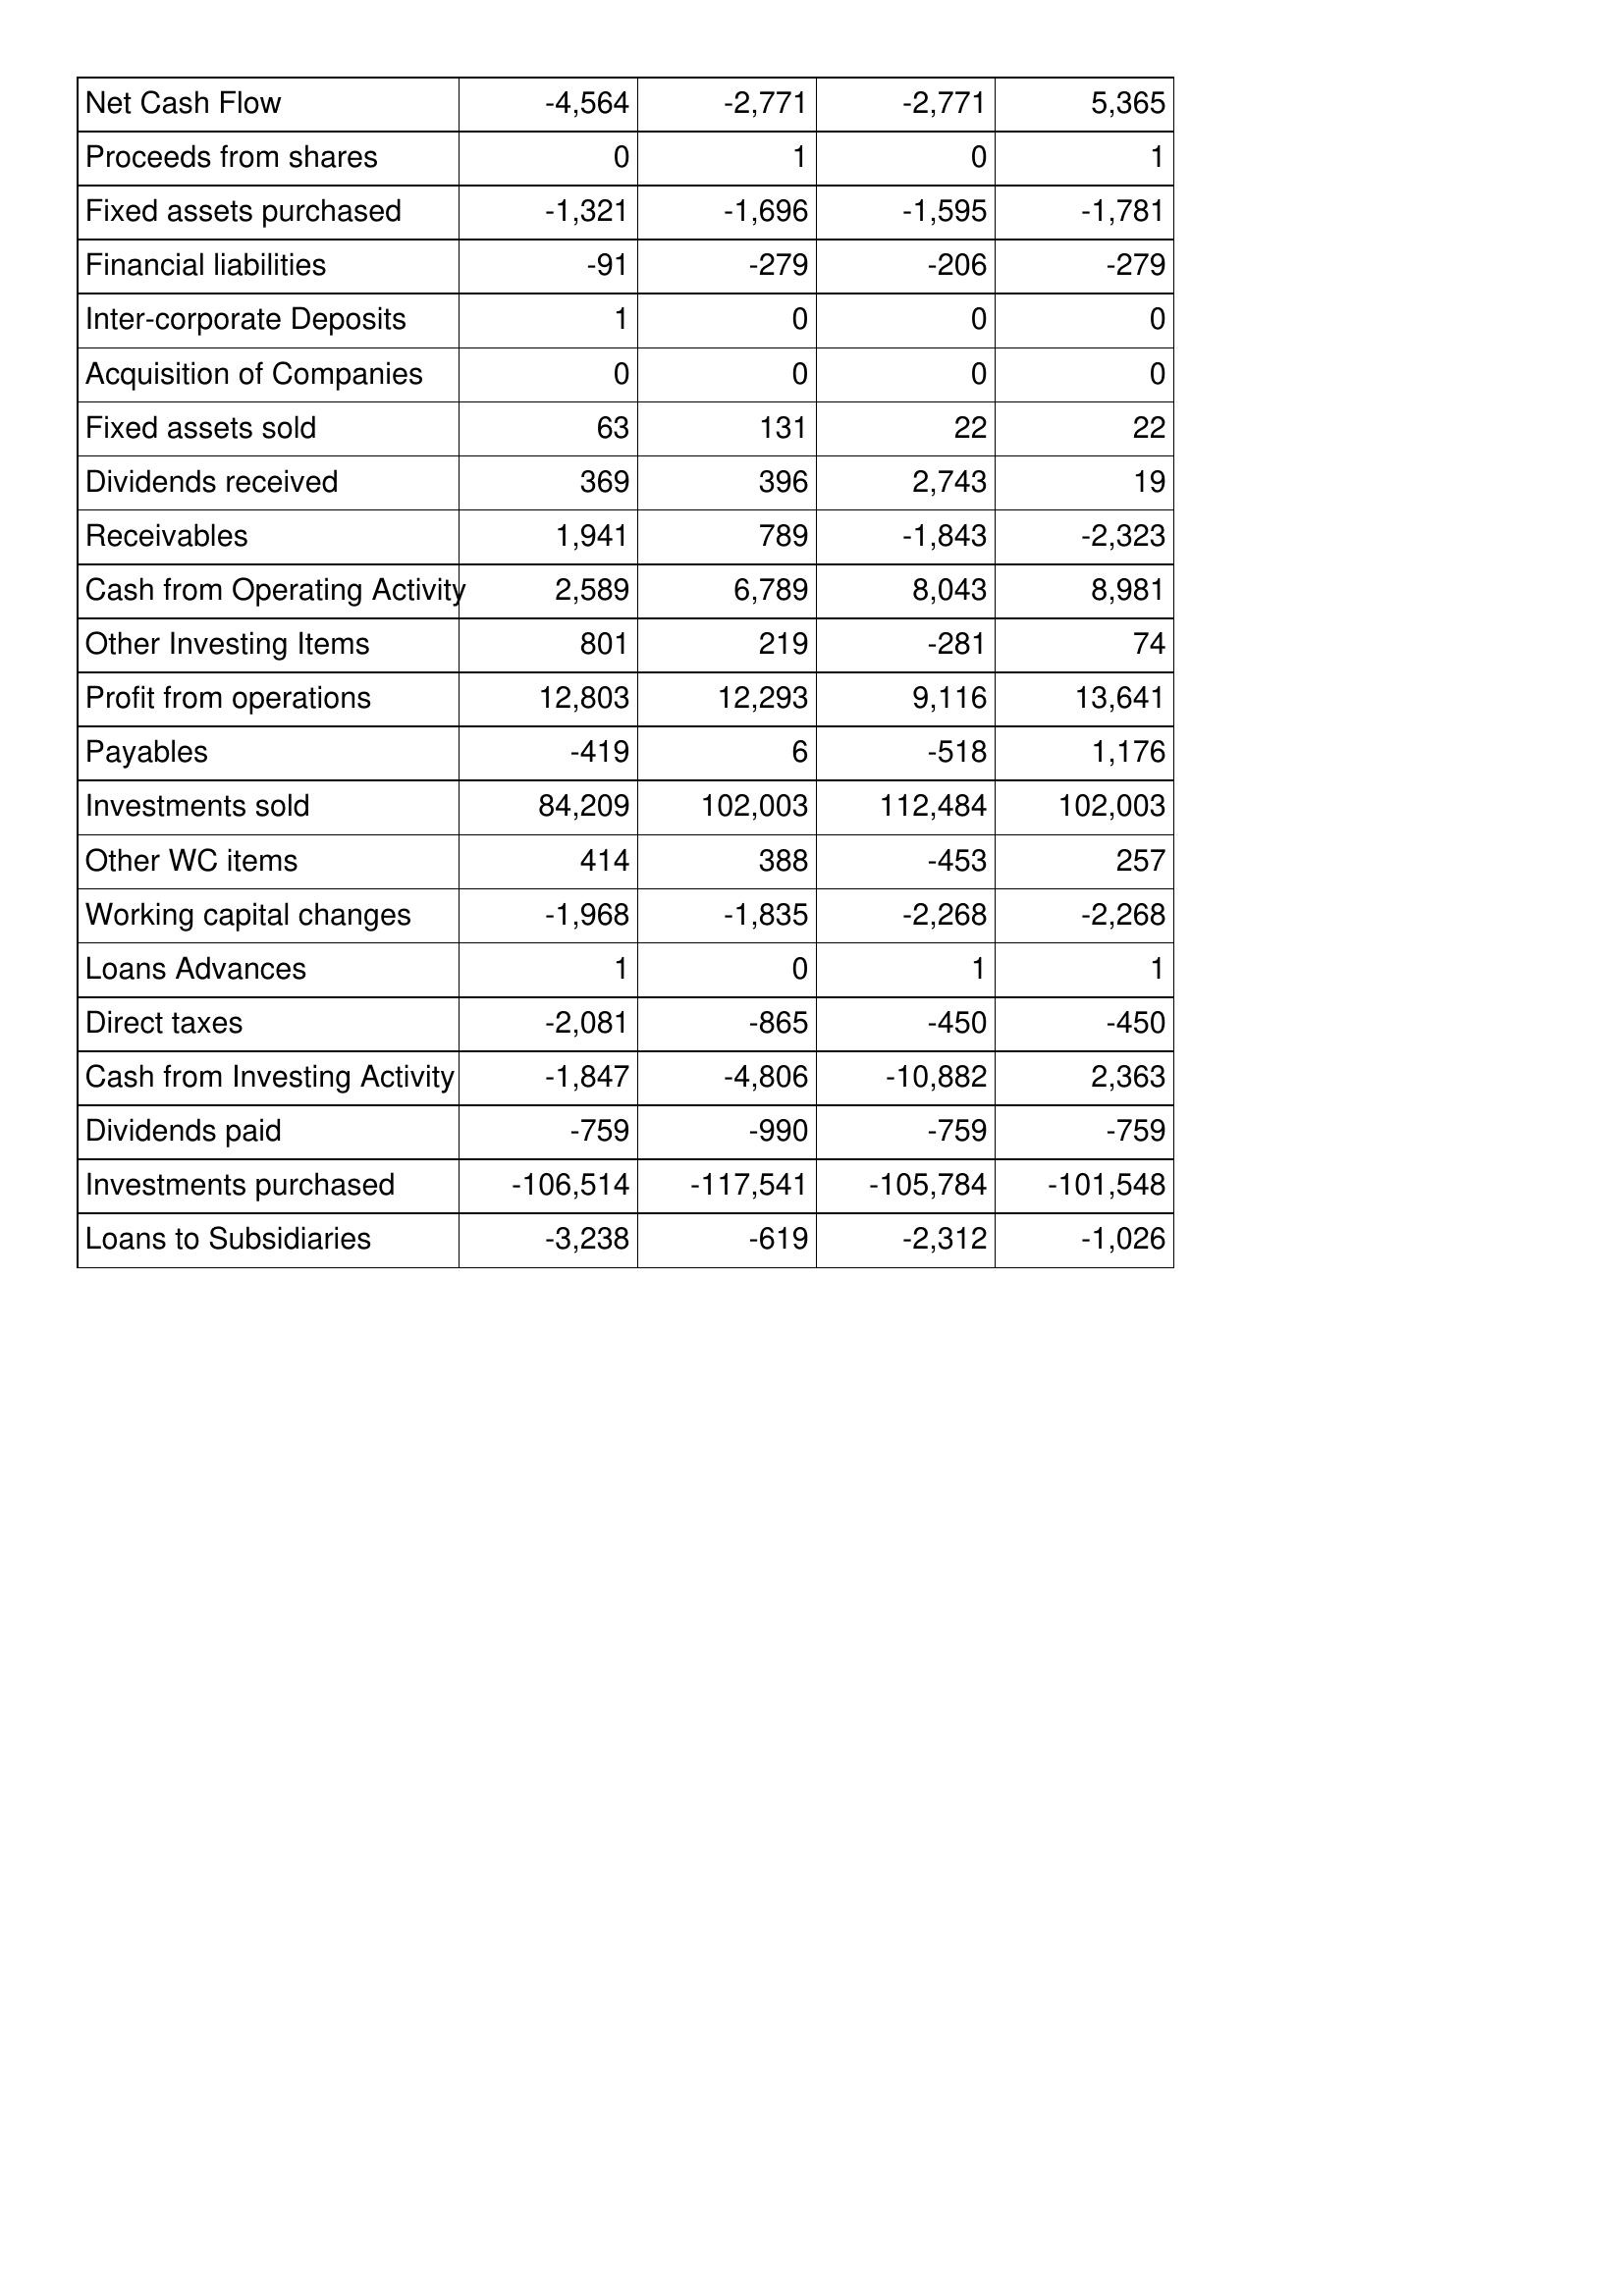
May-14: Cash Flows: Net Cash Flow: -4,564
Proceeds from shares: 0
Fixed assets purchased: -1,321
Financial liabilities: -91
Inter-corporate Deposits: 1
Acquisition of Companies: 0
Fixed assets sold: 63
Dividends received: 369
Receivables: 1,941
Cash from Operating Activity: 2,589
Other Investing Items: 801
Profit from operations: 12,803
Payables: -419
Investments sold: 84,209
Other WC items: 414
Working capital changes: -1,968
Loans Advances: 1
Direct taxes: -2,081
Cash from Investing Activity: -1,847
Dividends paid: -759
Investments purchased: -106,514
Loans to Subsidiaries: -3,238
May-13: Cash Flows: Net Cash Flow: -2,771
Proceeds from shares: 1
Fixed assets purchased: -1,696
Financial liabilities: -279
Inter-corporate Deposits: 0
Acquisition of Companies: 0
Fixed assets sold: 131
Dividends received: 396
Receivables: 789
Cash from Operating Activity: 6,789
Other Investing Items: 219
Profit from operations: 12,293
Payables: 6
Investments sold: 102,003
Other WC items: 388
Working capital changes: -1,835
Loans Advances: 0
Direct taxes: -865
Cash from Investing Activity: -4,806
Dividends paid: -990
Investments purchased: -117,541
Loans to Subsidiaries: -619
May-12: Cash Flows: Net Cash Flow: -2,771
Proceeds from shares: 0
Fixed assets purchased: -1,595
Financial liabilities: -206
Inter-corporate Deposits: 0
Acquisition of Companies: 0
Fixed assets sold: 22
Dividends received: 2,743
Receivables: -1,843
Cash from Operating Activity: 8,043
Other Investing Items: -281
Profit from operations: 9,116
Payables: -518
Investments sold: 112,484
Other WC items: -453
Working capital changes: -2,268
Loans Advances: 1
Direct taxes: -450
Cash from Investing Activity: -10,882
Dividends paid: -759
Investments purchased: -105,784
Loans to Subsidiaries: -2,312
May-11: Cash Flows: Net Cash Flow: 5,365
Proceeds from shares: 1
Fixed assets purchased: -1,781
Financial liabilities: -279
Inter-corporate Deposits: 0
Acquisition of Companies: 0
Fixed assets sold: 22
Dividends received: 19
Receivables: -2,323
Cash from Operating Activity: 8,981
Other Investing Items: 74
Profit from operations: 13,641
Payables: 1,176
Investments sold: 102,003
Other WC items: 257
Working capital changes: -2,268
Loans Advances: 1
Direct taxes: -450
Cash from Investing Activity: 2,363
Dividends paid: -759
Investments purchased: -101,548
Loans to Subsidiaries: -1,026